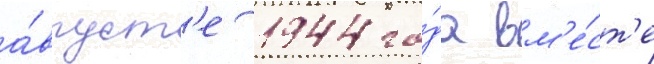
а́вгуст'е 1944 го́да вм'е́ст'е